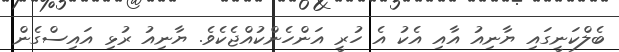
ބެލްކަނީގައި ޔާނިއު އާއި އެކު އެ ހުރީ އަންހެންކުއްޖެކެވެ. ޔާނިއު ރުޅި އައިސްގެން